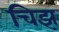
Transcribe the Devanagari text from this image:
चिझ